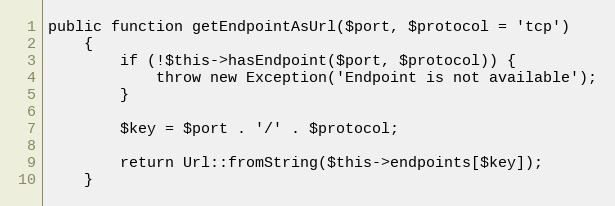
Language: PHP
public function getEndpointAsUrl($port, $protocol = 'tcp')
    {
        if (!$this->hasEndpoint($port, $protocol)) {
            throw new Exception('Endpoint is not available');
        }

        $key = $port . '/' . $protocol;

        return Url::fromString($this->endpoints[$key]);
    }